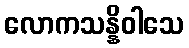
လောကသန္နိဝါသေ